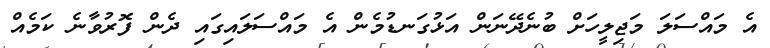
އެ މައްސަލަ މަޖިލީހަށް ބުނެދޭނަން އަޅުގަނޑުމެން އެ މައްސަލައިގައި ދެން ފޮރުވާނެ ކަމެއް